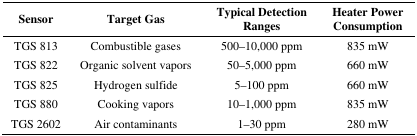
<table><thead><tr><td><b>Sensor</b></td><td><b>Target Gas</b></td><td><b>Typical Detection Ranges</b></td><td><b>Heater Power Consumption</b></td></tr></thead><tbody><tr><td>TGS 813</td><td>Combustible gases</td><td>500–10,000 ppm</td><td>835 mW</td></tr><tr><td>TGS 822</td><td>Organic solvent vapors</td><td>50–5,000 ppm</td><td>660 mW</td></tr><tr><td>TGS 825</td><td>Hydrogen sulfide</td><td>5–100 ppm</td><td>660 mW</td></tr><tr><td>TGS 880</td><td>Cooking vapors</td><td>10–1,000 ppm</td><td>835 mW</td></tr><tr><td>TGS 2602</td><td>Air contaminants</td><td>1–30 ppm</td><td>280 mW</td></tr></tbody></table>